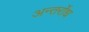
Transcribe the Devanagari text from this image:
अन्तर्रोध